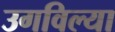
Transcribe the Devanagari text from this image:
उगविल्या